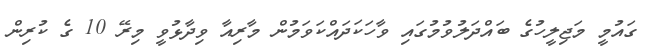
ގައުމީ މަޖިލީހުގެ ބައްދަލުވުމުގައި ވާހަކަދައްކަވަމުން މާރިއާ ވިދާޅުވީ މިރޭ 10 ގެ ކުރިން